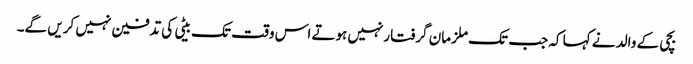
بچی کے والد نے کہا کہ جب تک ملزمان گرفتارنہیں ہوتے اس وقت تک بیٹی کی تدفین نہیں کریں گے۔